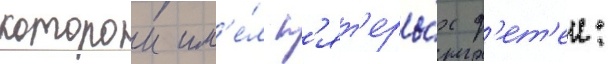
которои им'е́л п'ят'еры́х д'ет'еи: